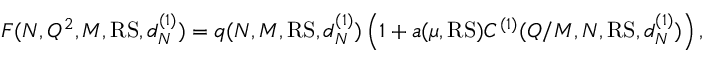
F ( N , Q ^ { 2 } , M , \mathrm { R S } , d _ { N } ^ { ( 1 ) } ) = q ( N , M , { \mathrm { R S } } , d _ { N } ^ { ( 1 ) } ) \left( 1 + a ( \mu , { \mathrm { R S } } ) C ^ { ( 1 ) } ( Q / M , N , { \mathrm { R S } } , d _ { N } ^ { ( 1 ) } ) \right) ,